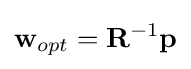
\mathbf {w} _{opt}=\mathbf {R} ^{-1}\mathbf {p}